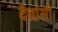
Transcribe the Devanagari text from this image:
देवांसी